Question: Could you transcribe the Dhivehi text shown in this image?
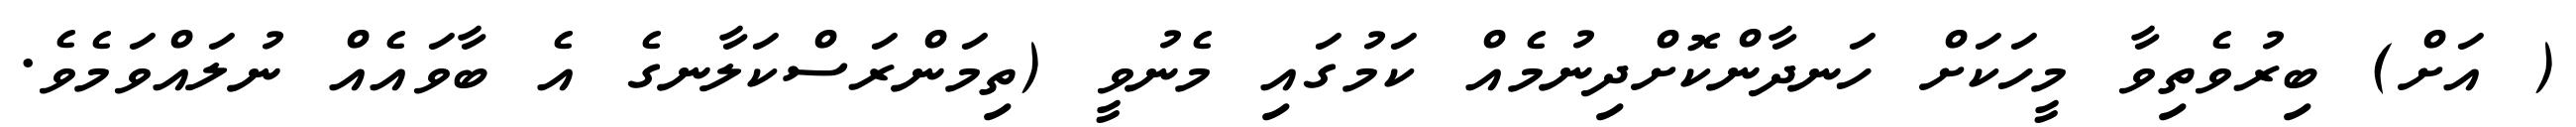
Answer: ( އަށް) ބިރުވެތިވާ މީހަކަށް ހަނދާންކޮށްދިނުމެއް ކަމުގައި މެނުވީ (ތިމަންރަސްކަލާނގެ އެ ބާވައެއް ނުލައްވަމެވެ.